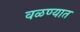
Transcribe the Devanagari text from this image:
वळण्यात